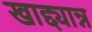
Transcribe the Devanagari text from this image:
खाद्द्यान्न